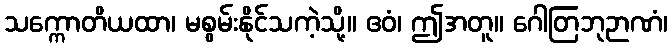
သက္ကောတိယထာ၊ မစွမ်းနိုင်သကဲ့သို့။ ဧဝံ၊ ဤအတူ။ ဂေါတြဘုဉာဏံ၊